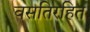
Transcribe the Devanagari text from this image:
वसतिरहित